Medical and sanitary report of the native army of Bengal for the year
Year: 1877
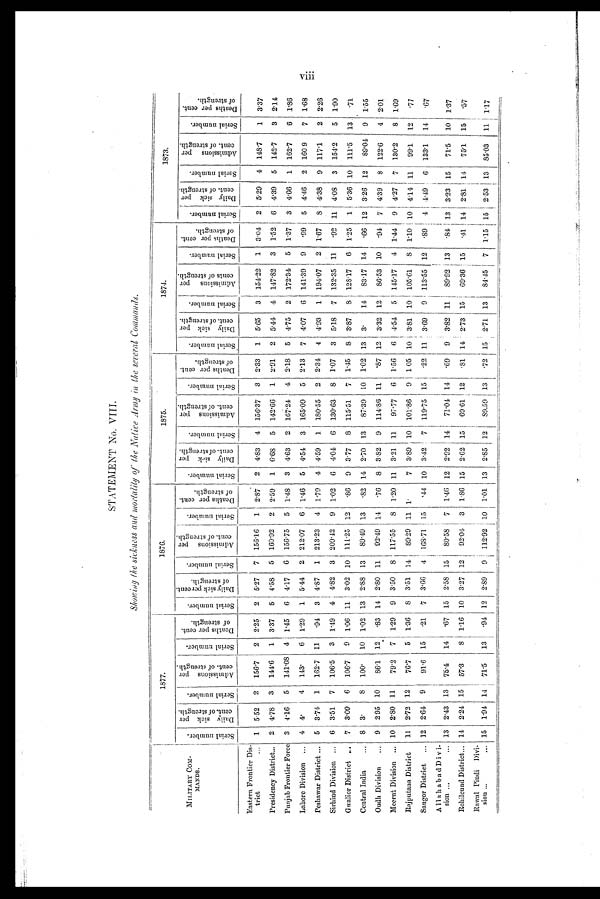
STATEMENT No. VIII.
Showing the sickness and morlality of the Native Army in the several Commands.
M I L I T A R Y C O M - M A N D S .
1877.
1876.
1 8 7 5 .
1 8 7 4 .
1873.
S e r i a l n u m b e r .
D a i l y s i c k p e r c e n t . o f s t r e n g t h .
S e r i a l n u m b e r .
A d m i s s i o n s p e r c e n t . o f s t r e n g t h .
S e r i a l n u m b e r .
D e a t h s p e r c e n t - o f s t r e n g t h .
S e r i a l n u m b e r .
D a i l y s i c k p e r c e n t . o f s t r e n g t h .
S e r i a l n u m b e r .
A d m i s s i o n s p e r c e n t . o f s t r e n g t h .
S e r i a l n u m b e r .
D e a t h s p e r c e n t - o f s t r e n g t h .
S e r i a l n u m b e r .
D a i l y s i c k p e r c e n t . o f s t r e n g t h .
S e r i a l n u m b e r .
A d m i s s i o n s p e r c e n t . o f s t r e n g t h .
S e r i a l n u m b e r .
D e a t h s p e r c e n t - o f s t r e n g t h .
S e r i a l n u m b e r .
D a i l y s i c k p e r c e n t . o f s t r e n g t h .
S e r i a l n u m b e r .
A d m i s s i o n s p e r c e n t . o f s t r e n g t h .
S e r i a l n u m b e r .
D e a t h s p e r c e n t - o f s t r e n g t h .
S e r i a l n u m b e r .
D a i l y s i c k p e r c e n t . o f s t r e n g t h .
S e r i a l n u m b e r .
A d m i s s i o n s p e r c e n t . o f s t r e n g t h .
S e r i a l n u m b e r .
D e a t h s p e r c e n t - o f s t r e n g t h .
Eastern Frontier Dis-
trict
... 1 5.52
2
156.7
2 2.25
2 5.27
7
156.16
1 2.87
2 4.83
4 156.37
3 2.33
1 5. 65
3 154.22
1 3.04
2 5.29
4 148.7
1 3.37
Presidency District...
2 4.78
3
144. 6
1 3 . 37
5 4.58
5 160 . 92
2 2.59
1 6.68 5 142.66
1 2.91
2 5.44
4 147.82
3 1 . 52
6 4.39
5
142.7
3 2.14
Punjab Frontier Force 3 4 . 16
5
141.08 4 1.45
6 4.17
6 156.75
5 1.48
3 4.63
2 167.24
4 2.18
5 4.75
2 172.34
5 1.37
3 4.66
1 162.7
6 1.86
Lahore Division
. . . 4 4.
4
143.
6 1.29
1 5.44
2 212.07
6 1.46
5 4.54
3 165.09
5 2.13
7 4.07
6 141.39
9
. 9 9 5 4.46
2 160.9
7 1.68
Peshawar District ... 5 3.74
1
162.7 11
.94
3 4.87
1 213.23
4 1.79 4 4.59
1 180. 55
2 2.34
4 4.93
1 194.07
2 1.67
8 4. 38
9 117.1
2 2.26
Sirhiud Division ...
6 3.51
7
106.5
3 1.49
4 4.82
3 209.42
9 1.02
6 4.04 6 130.63
8 1.07
3 5.18
7 132 . 35 11
. 9 2 11 4.08
3 154.2
5 1.90
Gwalior District
. . . 7 3.09
6
106.7
9 1.06 11 3 .02 10 111.25 12
.86
9 3 . 77
8 115.51
7 1.45
8 3.87
8 128.17
6 1.25
1 5.36 10 111.5
13
.71
Central India
... 8 3.
8
100.
10 1.02 13 2.88 13
89.49 13
.82 14 2.70 13
87.39 10 1.02 13 3.
14
83.17 14
. 6 6 12 3.26 12
89.04
9 1.55
Oudh Division
. . . 9 295 10
86.1
12
.83 14 2.80 11
92.49 14
.76
8 3.82
9 114. 86 11 . 87 12 3 .32 12
86.53 10
. 9 4 7 4. 39
8 122.6
4 2.01
Meerut Division ... 10 2.80 11
79.2
7
1.29
9 3.50
8 117.55
8 1.20 11 3.21 11
97.77
6 1.56
6 4. 54
5 I 145.17
4 1.44
9 4.27
7 130.2
8
1 . 6 9
Rajputana District ...
11 2.72 12
76.7
5 1.36
8 3.51 14
89. 29 11 1.
7 3.89 10 101.86
9 1.05 10 3.81 10 105.61
8 1.10 10 4.14 11
99.1
12
.77
Saugor District ... 12 2.64
9
91.6 15
.21
7 3.66
4 165.71 15
.44 10 3.42
7 119.75 15 .22 11 3 .69
9 113.55 12
. 8 9 4 4.49
6 133.1
14
.67
Allahabad Divi-
sion ...
... 13 2.43 13
75.4
14
.67 15 2.58 15
80.58
7
1.46 12 2.92 14
71.04 14
.69
9 3.82 11
89.92 13
. 8 4 13 3.23 15
71.5
10 1.37
Rohilcund District... 14 2.24 15
57.3
8 1.16 10 3.27 12
92.04 3 1.86 15 2.62 15
69.61 12
.81 14 2.73 15
69.36 15
. 4 1
1 4 2.81 14
75.1
15
.57
Rawal Pindi Divi-
sion ...
... 15 1 .91 14
71.5
13
.94 12 2.89
9
112.92 10 1.01 13 2.85 12
89.59 13
.72 15 2 . 71 13
8 4 . 4 5
7 1.15 15 2.53 13 85.03
11 1.17
viii